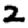
Digit: 2